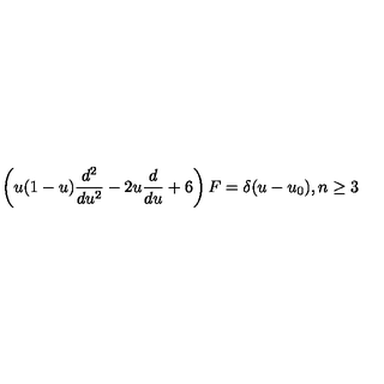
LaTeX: \left( u ( 1 - u ) \frac { d ^ { 2 } } { d u ^ { 2 } } - 2 u \frac { d } { d u } + 6 \right) F = \delta ( u - u _ { 0 } ) , n \geq 3